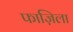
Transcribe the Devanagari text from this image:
फाज़िला